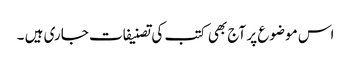
اس موضوع پر آج بھی کتب کی تصنیفات جاری ہیں ۔